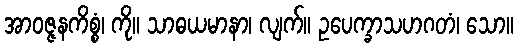
အာဝဇ္ဇနကိစ္စံ၊ ကို။ သာဓယမာနာ၊ လျက်။ ဥပေက္ခာသဟဂတံ၊ သော။